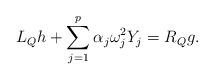
LaTeX: \begin{align*} L_{Q}h+\sum_{j=1}^p \alpha_j\omega_j^2Y_j=R_{Q}g. \end{align*}